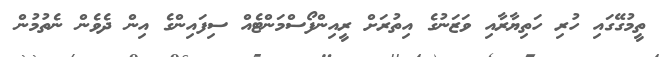
ތީމުގޭގައި ހުރި ހަތިޔާރާއި ވަޒަނުގެ އިތުރަށް ރީއިންފޯސްމަންޓެއް ސިފައިންގެ އިން ދެވެން ނެތުމުން